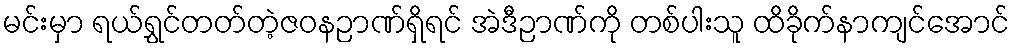
မင်းမှာ ရယ်ရွှင်တတ်တဲ့ဇဝနဉာဏ်ရှိရင် အဲဒီဉာဏ်ကို တစ်ပါးသူ ထိခိုက်နာကျင်အောင်